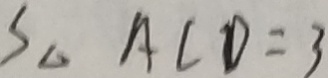
S _ { \Delta } A C D = 3